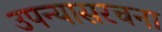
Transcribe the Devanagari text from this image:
उपन्यासरचना